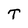
Character: T